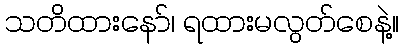
သတိထားနော်၊ ရထားမလွတ်စေနဲ့။